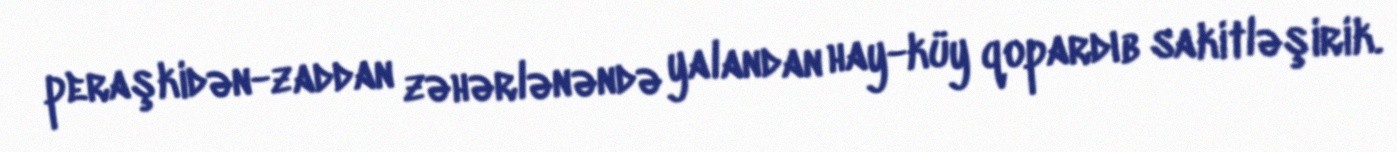
peraşkidən-zaddan zəhərlənəndə yalandan hay-küy qopardıb sakitləşirik.